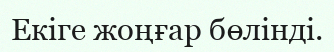
Екіге жоңғар бөлінді.